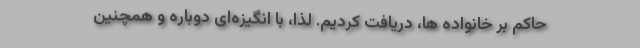
حاکم بر خانواده ها، دریافت کردیم. لذا، با انگیزه‌ای دوباره و همچنین